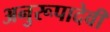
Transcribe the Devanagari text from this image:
अनुरूपादेवी